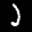
Label: 2